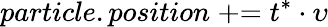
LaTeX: particle.position\mathrel{+}\mathrel{=}t^{\ast}\cdot\upsilon